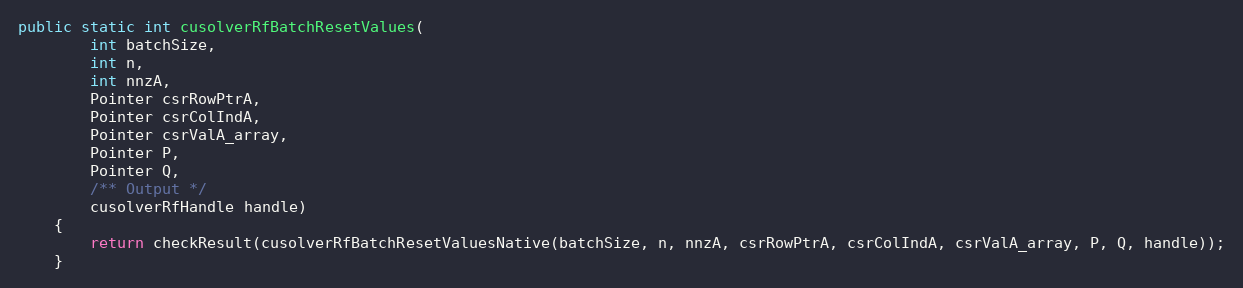
Language: Java
public static int cusolverRfBatchResetValues(
        int batchSize,
        int n,
        int nnzA,
        Pointer csrRowPtrA,
        Pointer csrColIndA,
        Pointer csrValA_array,
        Pointer P,
        Pointer Q,
        /** Output */
        cusolverRfHandle handle)
    {
        return checkResult(cusolverRfBatchResetValuesNative(batchSize, n, nnzA, csrRowPtrA, csrColIndA, csrValA_array, P, Q, handle));
    }